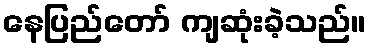
နေပြည်တော် ကျဆုံးခဲ့သည်။